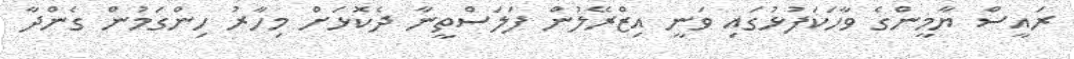
ރައީސް ޔާމީންގެ ވާހަކަފުޅުގައި ވަނީ އިޒްރޭލުން ފަލަސްތީނާ ދެކޮޅަށް މިހާރު ހިންގަމުން ގެންދާ